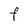
Character: F